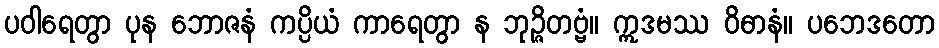
ပဝါရေတွာ ပုန ဘောဇနံ ကပ္ပိယံ ကာရေတွာ န ဘုဉ္ဇိတဗ္ဗံ။ ဣဒမဿ ဝိဓာနံ။ ပဘေဒတော